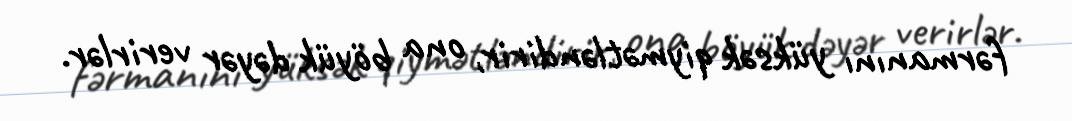
fərmanını yüksək qiymətləndirir, ona böyük dəyər verirlər.